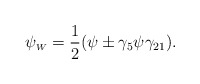
\begin{align*}\psi_{\scriptscriptstyle W} = \frac{1}{2}(\psi \pm \gamma_5 \psi\gamma_{21}) .\end{align*}